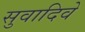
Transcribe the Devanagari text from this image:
सुवादिवे